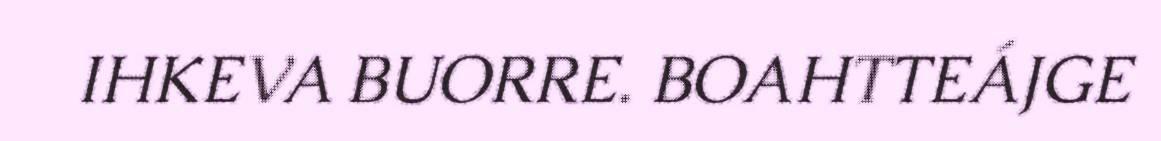
IHKEVA BUORRE. BOAHTTEÁJGE